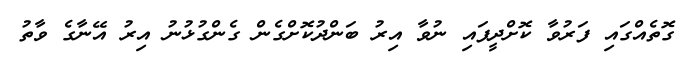
ގޮތެއްގައި ފަރުވާ ކޮށްދީފައި ނުވާ އިރު ބަންދުކޮށްގެން ގެންގުޅުނު އިރު އޭނާގެ ވާތު